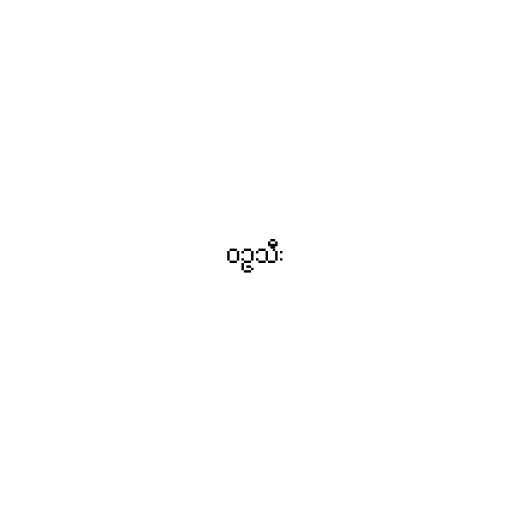
ဝဥသီး